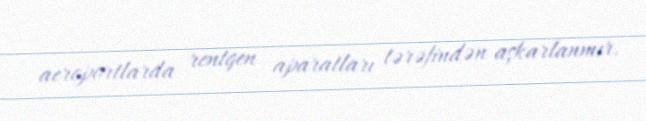
aeroportlarda rentgen aparatları tərəfindən aşkarlanmır.